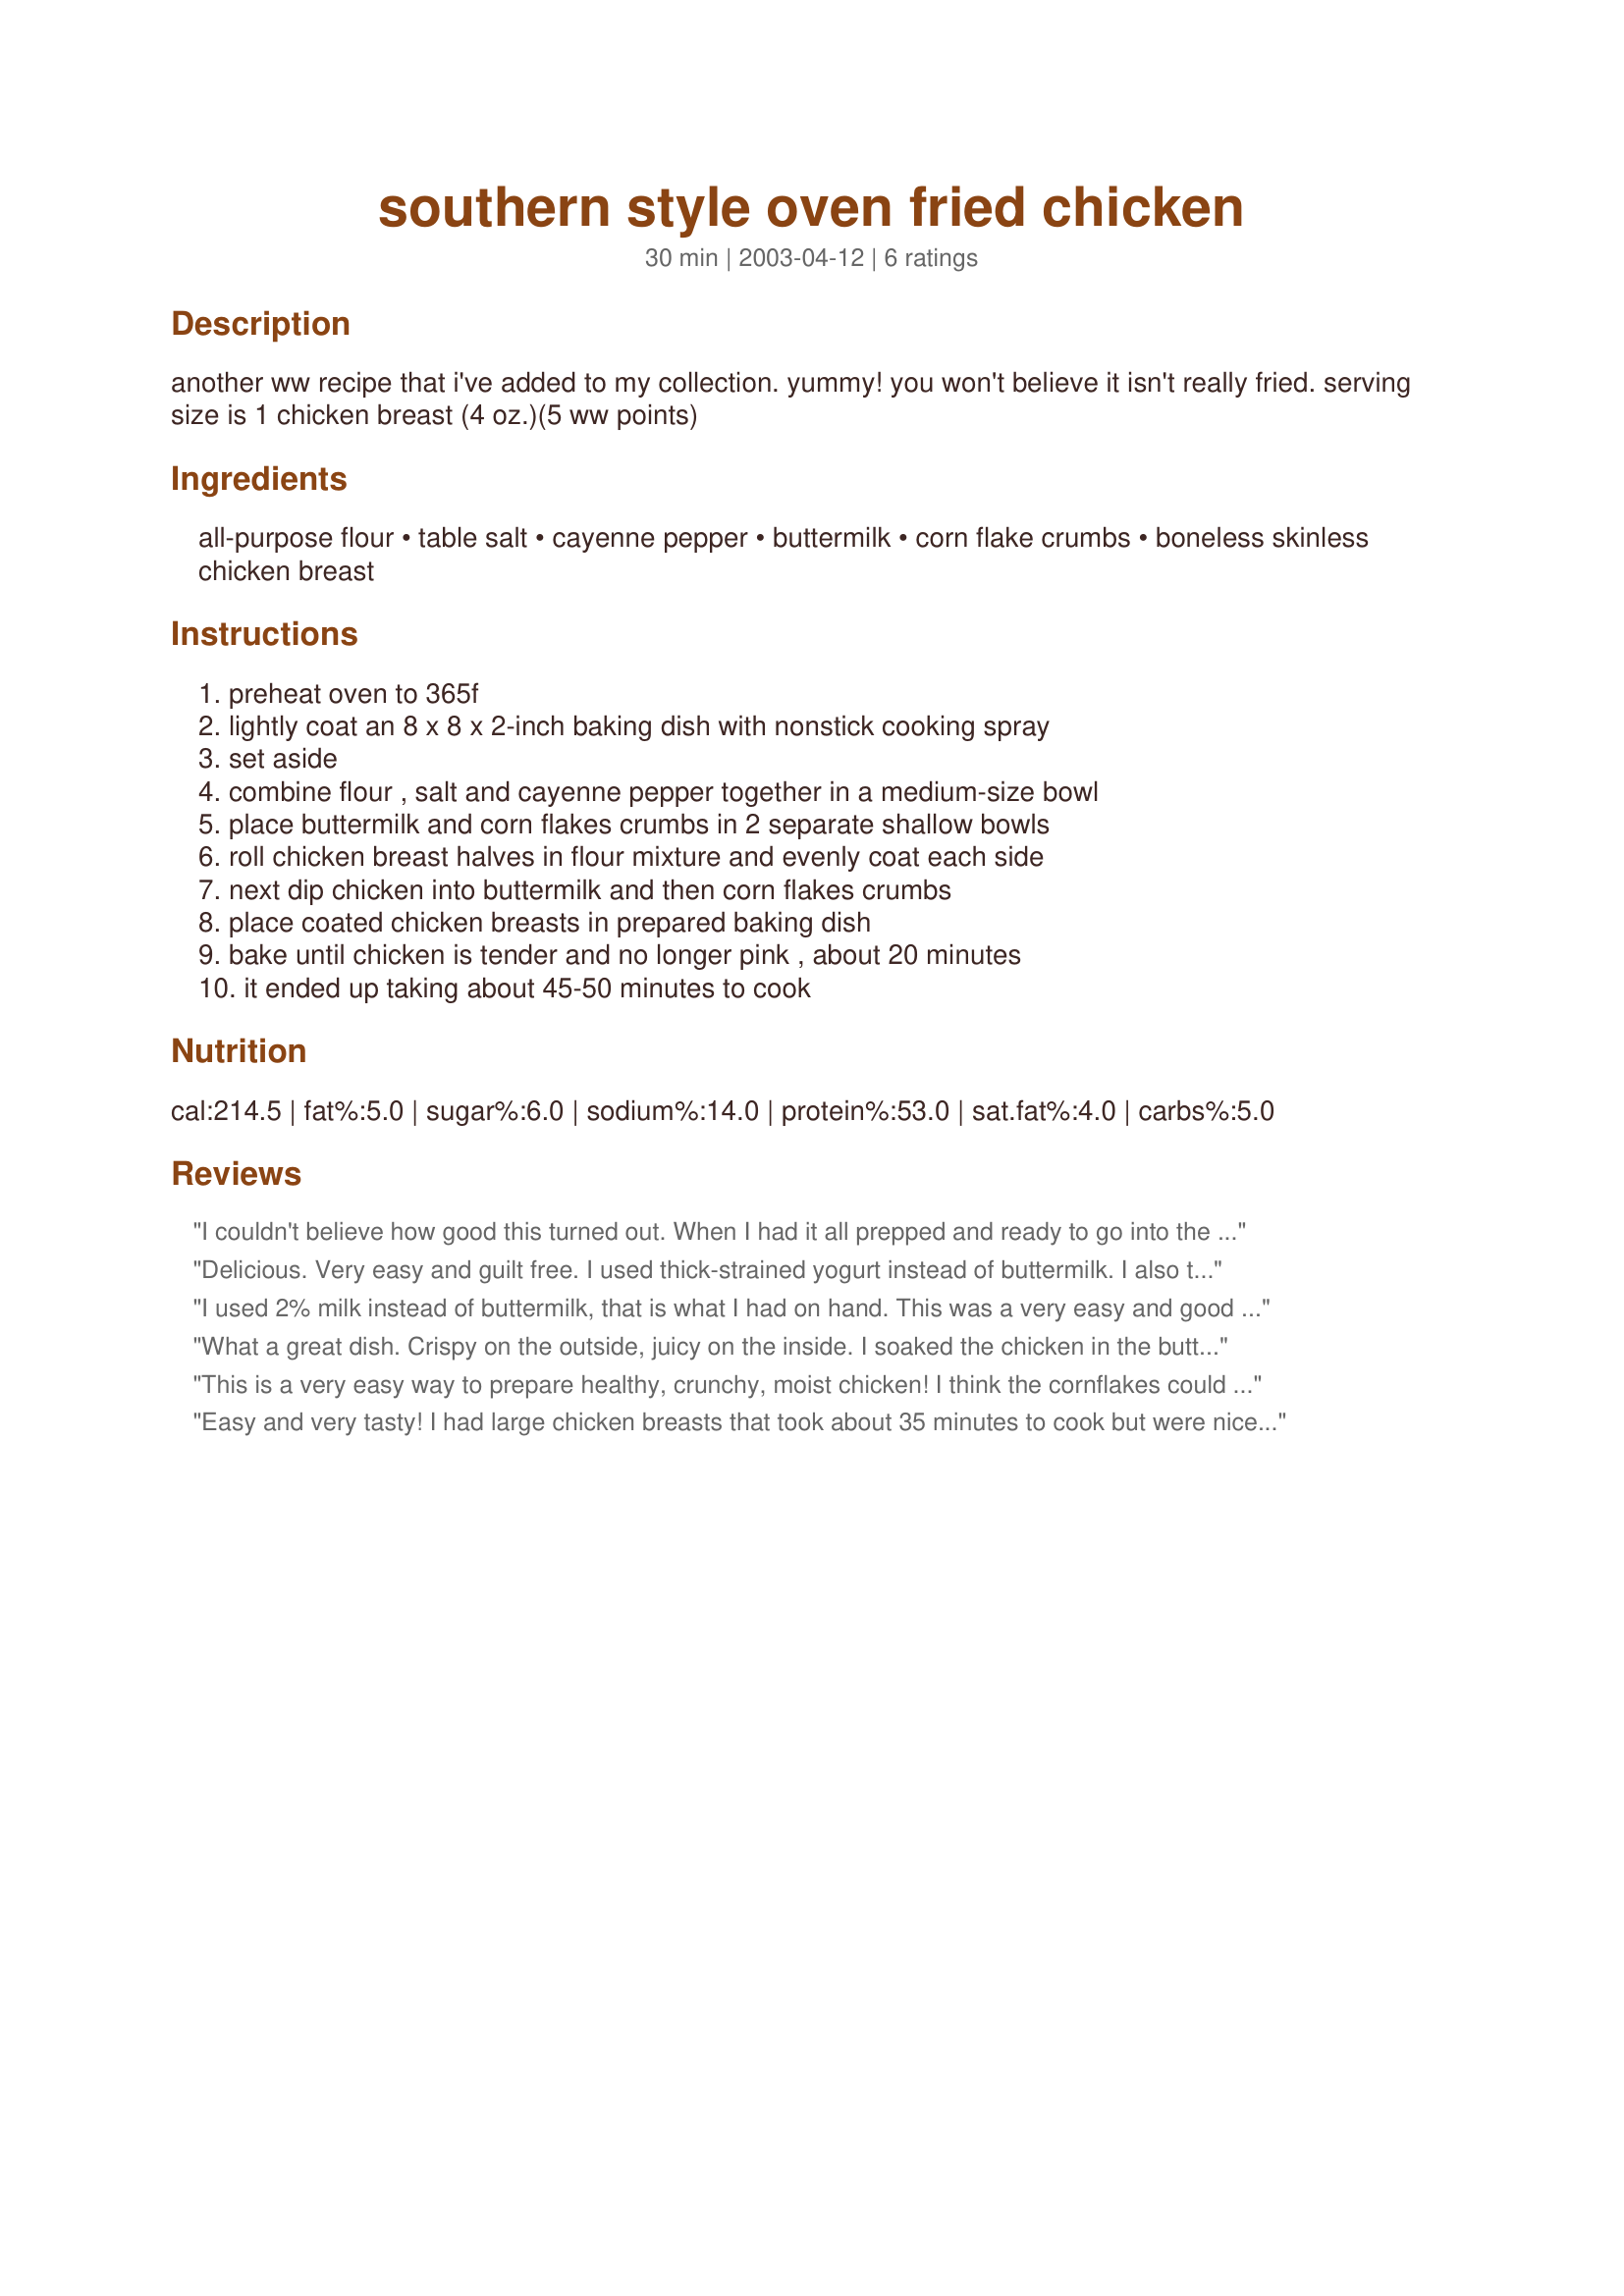
southern style oven fried chicken
Preparation time: 30 minutes

another ww recipe that i've added to my collection. yummy! you won't believe it isn't really fried. serving size is 1 chicken breast (4 oz.)(5 ww points)

Ingredients:
all-purpose flour, table salt, cayenne pepper, buttermilk, corn flake crumbs, boneless skinless chicken breast

Steps:
preheat oven to 365f, lightly coat an 8 x 8 x 2-inch baking dish with nonstick cooking spray, set aside, combine flour , salt and cayenne pepper together in a medium-size bowl, place buttermilk and corn flakes crumbs in 2 separate shallow bowls, roll chicken breast halves in flour mixture and evenly coat each side, next dip chicken into buttermilk and then corn flakes crumbs, place coated chicken breasts in prepared baking dish, bake until chicken is tender and no longer pink , about 20 minutes, it ended up taking about 45-50 minutes to cook

Reviews:
I couldn't believe how good this turned out. When I had it all prepped and ready to go into the oven, I thought it looked unappetizing and didn't even want to bother baking it - and then it came out and I gave some to the husband, he raved over it! Even asked if I'd marinated the chicken first, which I hadn't.. it was so tender and nice tasting that he thought it'd been marinated.
Delicious. Very easy and guilt free. I used thick-strained yogurt instead of buttermilk. I also tried other cereals, and I bet this would be great with chopped pecans as well.
I used 2% milk instead of buttermilk, that is what I had on hand. This was a very easy and good recipe.
What a great dish. Crispy on the outside, juicy on the inside. I soaked the chicken in the buttermilk for an hour or so. I served with a broccoli slaw. After making this several times I decided that I like them baked till a touch past the colden brown stage.
This is a very easy way to prepare healthy, crunchy, moist chicken! I think the cornflakes could use some seasonings, they were a little plain for my taste. But this recipe can be adjusted easily to fit one's tastes. I baked mine for exactly 20 minutes and it was perfect. Thanks for the healthy recipe!
Easy and very tasty! I had large chicken breasts that took about 35 minutes to cook but were nice & tender. Thanks! This is a keeper.
